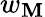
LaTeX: w_{\mathbf{M}}